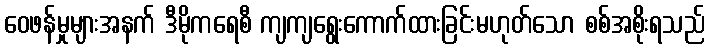
ဝေဖန်မှုများအနက် ဒီမိုကရေစီ ကျကျရွေးကောက်ထားခြင်းမဟုတ်သော စစ်အစိုးရသည်